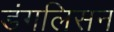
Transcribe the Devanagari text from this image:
डंगलिसन